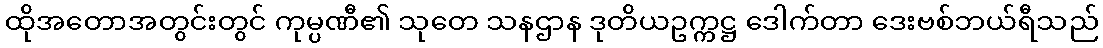
ထိုအတောအတွင်းတွင် ကုမ္ပဏီ၏ သုတေ သနဌာန ဒုတိယဥက္ကဋ္ဌ ဒေါက်တာ ဒေးဗစ်ဘယ်ရီသည်